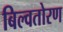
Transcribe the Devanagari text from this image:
बिल्वतोरण